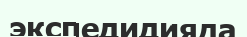
экспедидияда